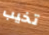
تخيب